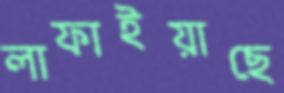
লাফাইয়াছে